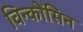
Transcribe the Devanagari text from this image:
विन्कोंसिन